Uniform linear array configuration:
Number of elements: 12
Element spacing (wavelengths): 0.5
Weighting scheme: kaiser
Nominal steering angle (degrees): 45
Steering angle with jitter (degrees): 44.625
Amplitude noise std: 0.05
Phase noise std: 0.05

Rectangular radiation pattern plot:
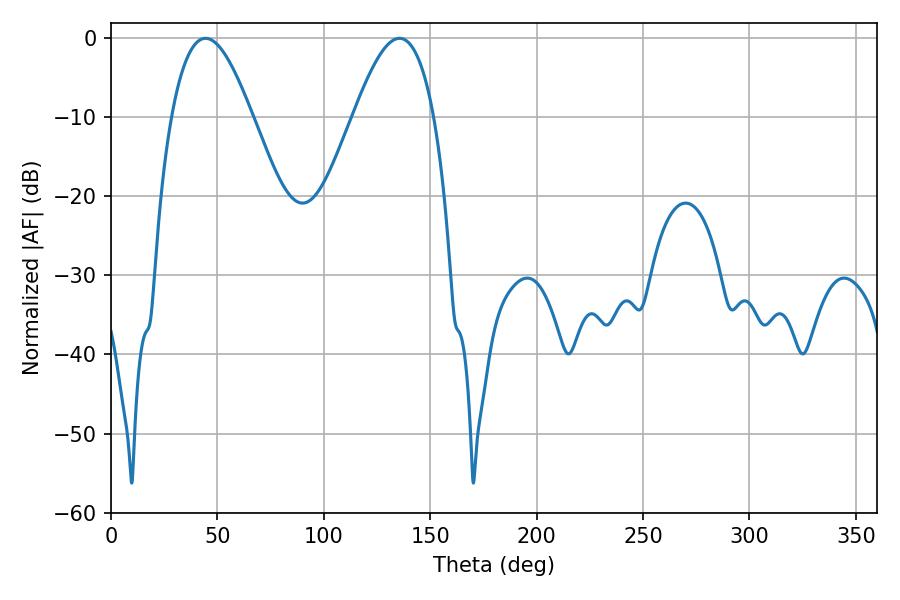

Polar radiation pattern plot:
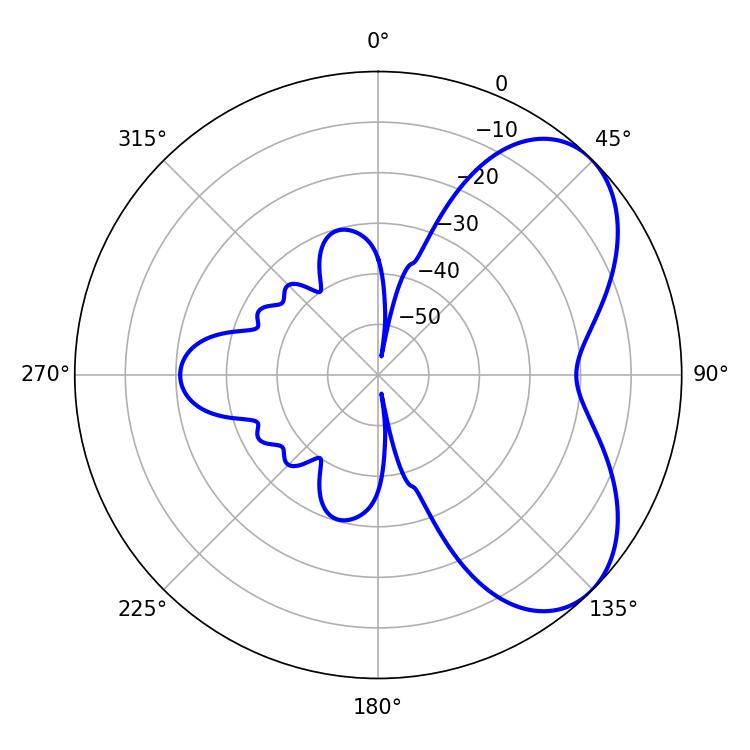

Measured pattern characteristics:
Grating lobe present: FALSE
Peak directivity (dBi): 5.533
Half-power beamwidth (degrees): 20.52
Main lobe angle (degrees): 44.46